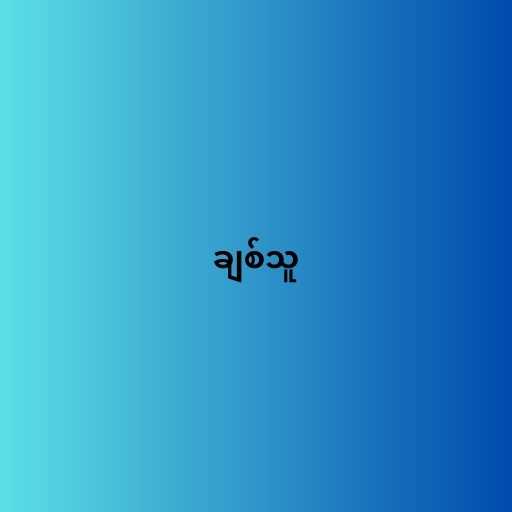
ချစ်သူ